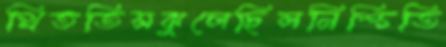
থিততিসঝুলেছিলনিশ্চিতি